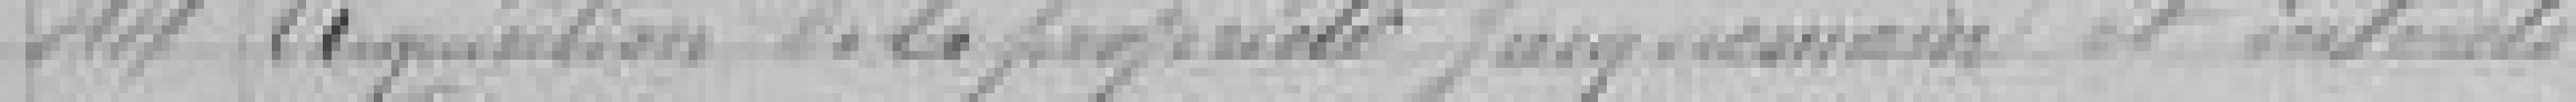
44. Acquisition de la propriété Jacquesmain et intérêts